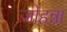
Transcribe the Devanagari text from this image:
जोहन्ना